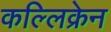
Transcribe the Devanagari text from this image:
कल्लिक्रेन